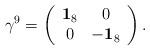
LaTeX: \begin{align*}\gamma^9=\left(\begin{array}{cc}{\bf 1}_{8} & 0\\0 & -{\bf 1}_{8} \end{array}\right). \end{align*}